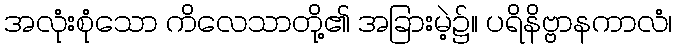
အလုံးစုံသော ကိလေသာတို့၏ အခြားမဲ့၌။ ပရိနိဗ္ဗာနကာလံ၊